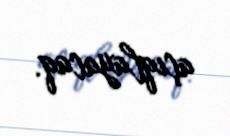
açıqlayacaq.